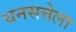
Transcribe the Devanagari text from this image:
धनसत्तेला